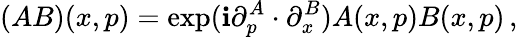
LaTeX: (AB)(x,p)=\exp(\mathbf{i}\partial_{p}^{A}\cdot\partial_{x}^{B})A(x,p)B(x,p)\, ,